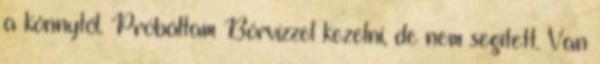
a könnytől. Próbáltam Bórvízzel kezelni, de nem segített. Van